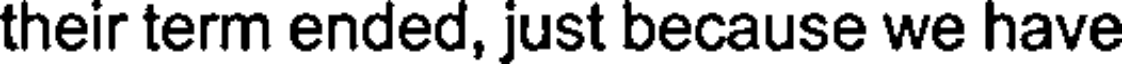
their term ended, just because we have